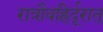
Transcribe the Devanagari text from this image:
रात्रौवह्रिर्दूरात्